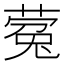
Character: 蒬